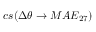
c s ( \Delta \theta \rightarrow M A E _ { 2 7 } )